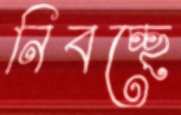
নিবচ্ছে